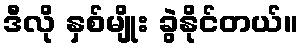
ဒီလို နှစ်မျိုး ခွဲနိုင်တယ်။